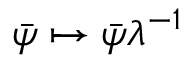
{ \bar { \psi } } \mapsto { \bar { \psi } } \lambda ^ { - 1 }